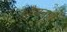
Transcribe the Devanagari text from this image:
७वैद्यनाथ